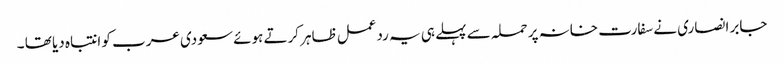
جابر انصاری نے سفارت خانہ پر حملہ سے پہلے ہی یہ ردعمل ظاہر کرتے ہوئے سعودی عرب کو انتباہ دیا تھا ۔